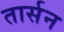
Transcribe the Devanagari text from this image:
तार्सन